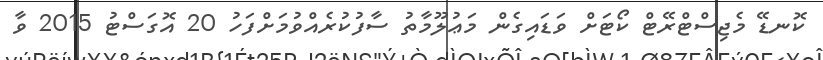
ކޮނޑޭ މެޖިސްޓްރޭޓް ކޯޓަށް ވަޑައިގެން މަޢުލޫމާތު ސާފުކުރެއްވުމަށްފަހު 20 އޮގަސްޓު 2015 ވާ